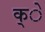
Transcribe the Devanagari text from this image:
क्े